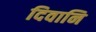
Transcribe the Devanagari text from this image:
दिवानि